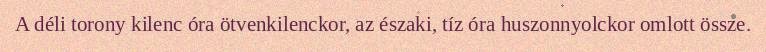
A déli torony kilenc óra ötvenkilenckor, az északi, tíz óra huszonnyolckor omlott össze.